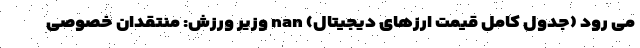
می رود (جدول کامل قیمت ارزهای دیجیتال) nan وزیر ورزش: منتقدان خصوصی